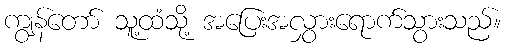
ကျွန်တော် သူ့ထံသို့ အပြေးအလွှားရောက်သွားသည်။